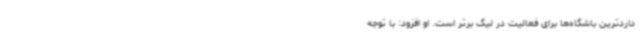
داردترین باشگاه‌ها برای فعالیت در لیگ برتر است. او افزود: با توجه